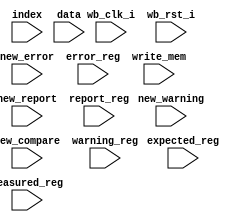
module fw_interface_logic (/*AUTOARG*/
   // Inputs
   wb_clk_i, wb_rst_i, new_report, new_warning, new_error,
   new_compare, report_reg, warning_reg, error_reg, expected_reg,
   measured_reg, index, data, write_mem
   ) ;

   input wire wb_clk_i;
   input wire wb_rst_i;


   input wire new_report;
   input wire new_warning;
   input wire new_error;
   input wire new_compare;
     
   input wire [31:0] report_reg;
   input wire [31:0] warning_reg;
   input wire [31:0] error_reg;
   input wire [31:0] expected_reg;
   input wire [31:0] measured_reg;   
   input wire [5:0]  index;
   input wire [7:0]  data;
   input wire        write_mem;
   
`ifdef SIMULATION   
   reg [7:0]         string_mem[8*64:0];
   
   always @(posedge wb_clk_i)
     if (write_mem) begin
        string_mem[index] <= data;        
     end
   
   wire new_report_rising;   
   edge_detection new_report_edge(
                                  // Outputs
                                  .rising(new_report_rising), 
                                  .failling(),
                                  // Inputs
                                  .clk_i(wb_clk_i), 
                                  .rst_i(wb_rst_i), 
                                  .signal(new_report)                                  
                                  );

   integer i;
   reg [8*64:0] test_string;   
   always @ (posedge new_report_rising) begin
      i = 0;        
      test_string = 0;
      while (string_mem[i] != 8'h0) begin
         #1 test_string = {test_string[8*29:0], string_mem[i]};         
         #1 string_mem[i] = 0;           
         #1 i = i + 1;
      end
      `TEST_COMPARE(test_string,0,0);
   end // always @ (posedge new_report_rising)


   wire new_compare_rising;
   edge_detection new_compare_edge(
                                  // Outputs
                                  .rising(new_compare_rising), 
                                  .failling(),
                                  // Inputs
                                  .clk_i(wb_clk_i), 
                                  .rst_i(wb_rst_i), 
                                  .signal(new_compare)
                                  );
   
   always @ (posedge new_compare_rising) begin
      i = 0;        
      test_string = 0;      
      while (string_mem[i] != 8'h0) begin
         #1 test_string = {test_string[8*29:0], string_mem[i]};         
         #1 string_mem[i] = 0;           
         #1 i = i + 1;
      end
      `TEST_COMPARE(test_string,expected_reg,measured_reg);
   end // always @ (posedge new_report_rising)
   
`endif
   
endmodule